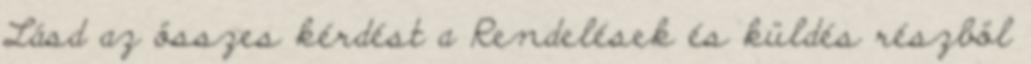
Lásd az összes kérdést a Rendelések és küldés részböl